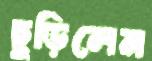
ছুড়িলেন